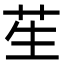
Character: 苼